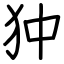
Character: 狆